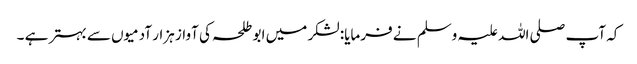
کہ آپ صلی اللہ علیہ وسلم نے فرمایا: لشکر میں ابو طلحہ کی آواز ہزار آدمیوں سے بہتر ہے ۔